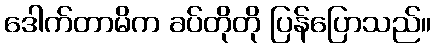
ဒေါက်တာမိက ခပ်တိုတို ပြန်ပြောသည်။